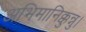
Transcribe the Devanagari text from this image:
अभिमानिक्कुन्नु।